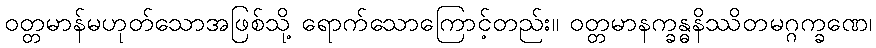
ဝတ္တမာန်မဟုတ်သောအဖြစ်သို့ ရောက်သောကြောင့်တည်း။ ဝတ္တမာနက္ခန္ဓနိဿိတမဂ္ဂက္ခဏေ၊